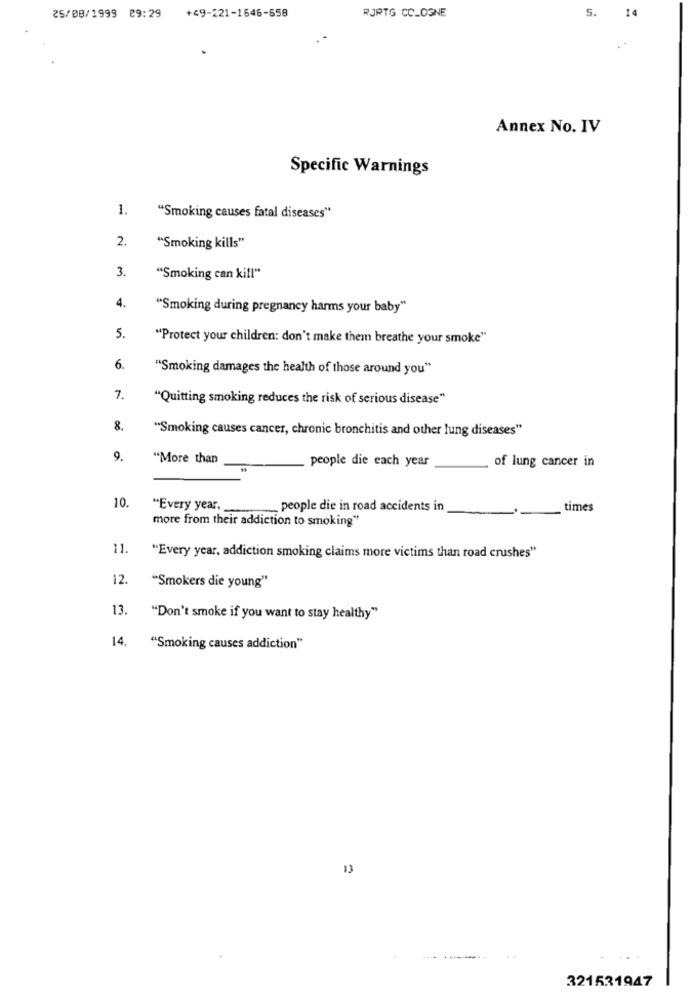
RJRTG COLOGNE
S.
25/08/1999 89:29 +49-221-1646-658
Annex No. IV
Specific Warnings
1.
"Smoking causes fatal diseases"
2.
"Smoking kills"
3.
"Smoking can kill"
4.
"Smoking during pregnancy harms your baby"
5.
"Protect your children: don't make them breathe your smoke"
6.
"Smoking damages the health of those around you"
7.
"Quitting smoking reduces the risk of serious disease"
8.
"Smoking causes cancer, chronic bronchitis and other lung diseases"
9.
"More than
people die each year
of lung cancer in
10.
"Every year,
people die in road accidents in
times
more from their addiction to smoking"
11
"Every year, addiction smoking claims more victims than road crushes"
12.
"Smokers die young"
13.
"Don't smoke if you want to stay healthy"
14.
"Smoking causes addiction"
13
321531947